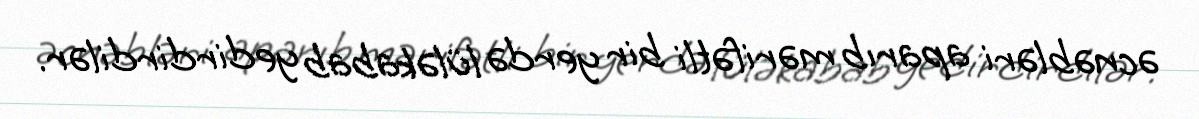
əcnəbləri aparıb mərifətli bir yerdə lüləkabab yedirdirdilər.